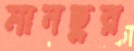
মানছুর